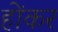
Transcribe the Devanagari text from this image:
होंकर